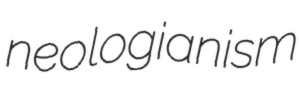
neologianism